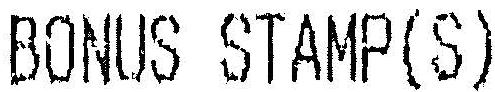
BONUS STAMP(S)